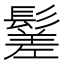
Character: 䰈